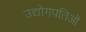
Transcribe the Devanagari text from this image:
उद्योगपतिओं